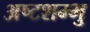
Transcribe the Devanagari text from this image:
अष्टशम्भु